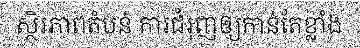
ស្ថិរភាពតំបន់ ការជំរុញឲ្យកាន់តែខ្លាំង